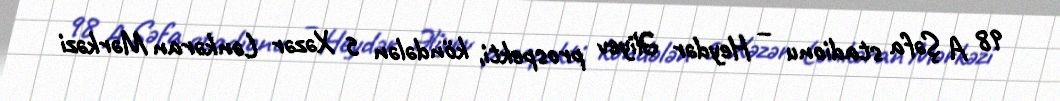
98 A Şəfa stadionu – Heydər Əliyev prospekti, köndələn 5 Xəzər Lənkəran Mərkəzi